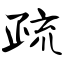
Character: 疏